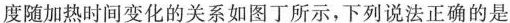
度随加热时间变化的关系如图丁所示，下列说法正确的是